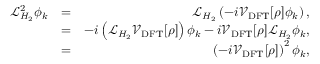
\begin{array} { r l r } { \mathcal { L } _ { H _ { 2 } } ^ { 2 } \phi _ { k } } & { = } & { \mathcal { L } _ { H _ { 2 } } \left( - i \mathcal { V } _ { \mathrm { D F T } } [ \rho ] \phi _ { k } \right) , } \\ & { = } & { - i \left( \mathcal { L } _ { H _ { 2 } } \mathcal { V } _ { \mathrm { D F T } } [ \rho ] \right) \phi _ { k } - i \mathcal { V } _ { \mathrm { D F T } } [ \rho ] \mathcal { L } _ { H _ { 2 } } \phi _ { k } , } \\ & { = } & { \left( - i \mathcal { V } _ { \mathrm { D F T } } [ \rho ] \right) ^ { 2 } \phi _ { k } , } \end{array}